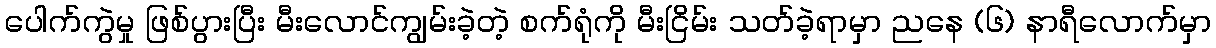
ပေါက်ကွဲမှု ဖြစ်ပွားပြီး မီးလောင်ကျွမ်းခဲ့တဲ့ စက်ရုံကို မီးငြိမ်း သတ်ခဲ့ရာမှာ ညနေ (၆) နာရီလောက်မှာ